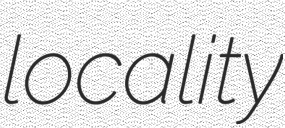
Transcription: locality